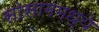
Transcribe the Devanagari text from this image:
सोसागमध्ये